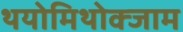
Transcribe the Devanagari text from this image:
थयोमिथोक्‍जाम